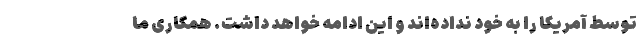
توسط آمریکا را به خود نداده‌اند و این ادامه خواهد داشت. همکاری ما